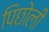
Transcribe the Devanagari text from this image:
पिछोली